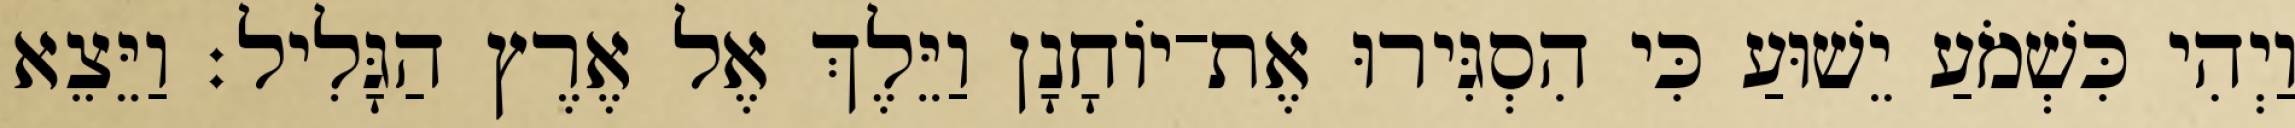
וַיְהִי כִּשְׁמֹעַ יֵשׁוּעַ כִּי הִסְגִּירוּ אֶת־יוֹחָנָן וַיֵּלֶךְ אֶל אֶרֶץ הַגָּלִיל׃ וַיֵּצֵא